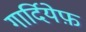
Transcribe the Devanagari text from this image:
गार्दियेफ़